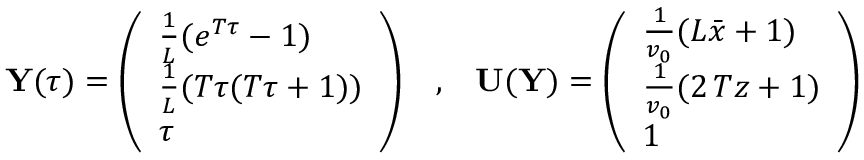
{ \mathbf Y } ( \tau ) = \left( \begin{array} { l } { \frac { 1 } { L } ( e ^ { T \tau } - 1 ) } \\ { \frac { 1 } { L } ( T \tau ( T \tau + 1 ) ) } \\ { \tau } \end{array} \right) \; \; \; , \; \; \; { \mathbf U } ( { \mathbf Y } ) = \left( \begin{array} { l } { \frac { 1 } { v _ { 0 } } ( L \bar { x } + 1 ) } \\ { \frac { 1 } { v _ { 0 } } ( 2 \, T z + 1 ) } \\ { 1 } \end{array} \right)